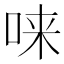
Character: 𫪁